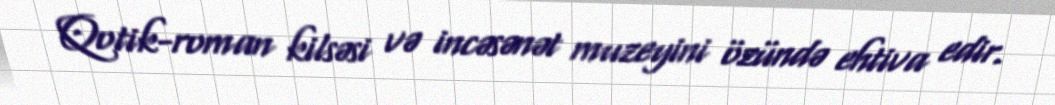
Qotik-roman kilsəsi və incəsənət muzeyini özündə ehtiva edir.